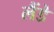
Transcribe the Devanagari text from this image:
लैंडे